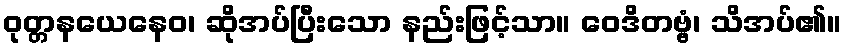
ဝုတ္တနယေနေဝ၊ ဆိုအပ်ပြီးသော နည်းဖြင့်သာ။ ဝေဒိတဗ္ဗံ၊ သိအပ်၏။